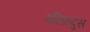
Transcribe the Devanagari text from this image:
गल्फ्रिदुस